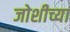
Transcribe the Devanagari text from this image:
जोशीच्या